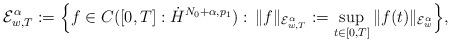
LaTeX: \begin{align*}\mathcal{E}^\alpha_{w,T}:=\Big\{f\in C([0,T]:\dot{H}^{N_0+\alpha,p_1}):\,\|f\|_{\mathcal{E}^\alpha_{w,T}}:=\sup_{t\in[0,T]}\|f(t)\|_{\mathcal{E}^\alpha_{w}}\Big\},\end{align*}